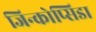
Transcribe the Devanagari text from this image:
जिन्कोप्सिडा